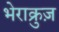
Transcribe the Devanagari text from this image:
भेराक्रुज़